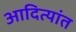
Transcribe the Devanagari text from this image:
आदित्यांत